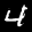
Label: 4